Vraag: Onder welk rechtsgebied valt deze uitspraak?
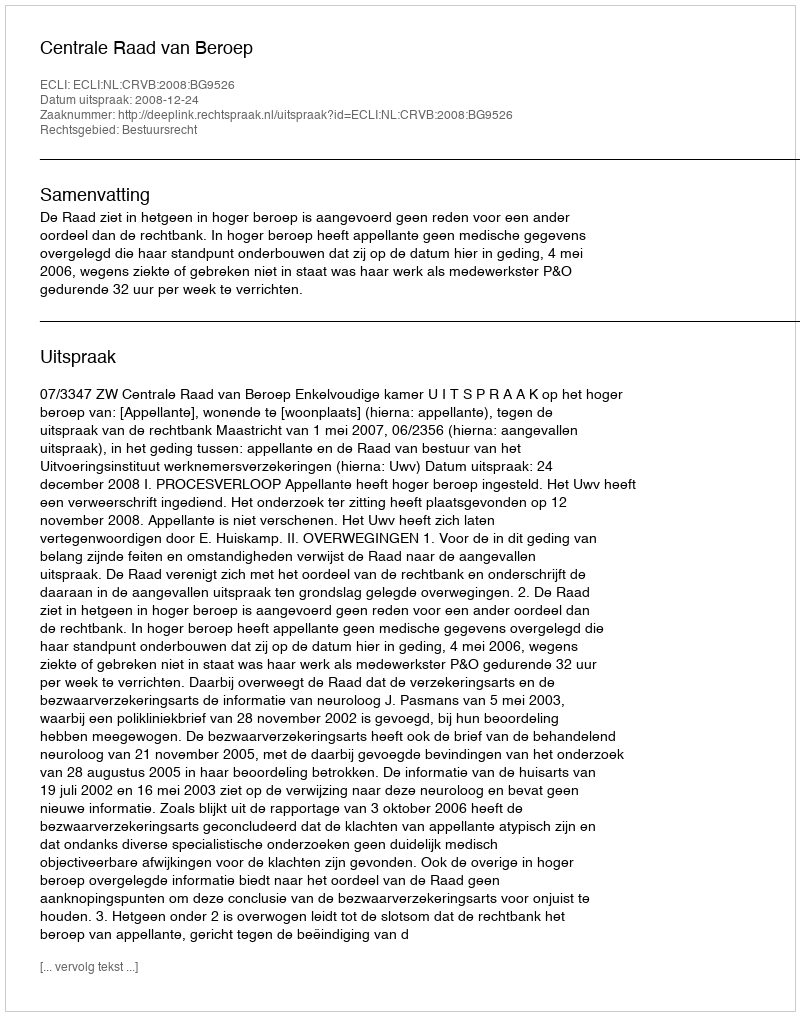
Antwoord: Bestuursrecht